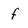
Character: f